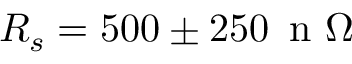
R _ { s } = 5 0 0 \pm 2 5 0 \, \mathrm { ~ n ~ } \Omega